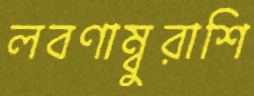
লবণাম্বুরাশি